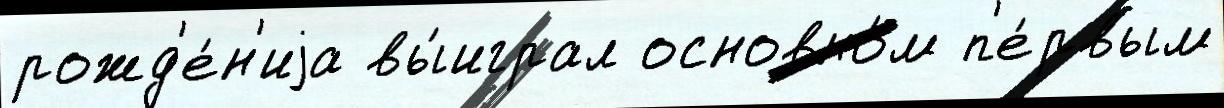
рожд'е́н'иjа вы́играл основно́м п'е́рвым